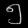
Digit: ၅